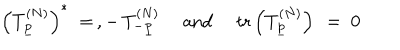
LaTeX: \left( T _ { \underline { { { p } } } } ^ { ( N ) } \right) ^ { * } \ = \, , - \, T _ { - \underline { { { p } } } } ^ { ( N ) } \ \quad \mathrm { a n d } \quad \ \mathrm { t r } \left( T _ { \underline { { { p } } } } ^ { ( N ) } \right) \ = \ 0